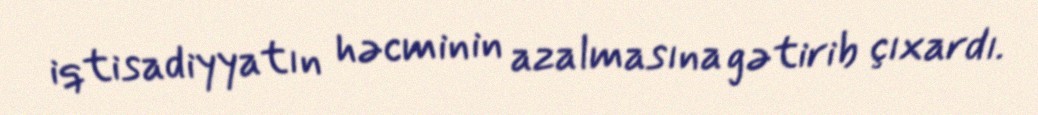
iqtisadiyyatın həcminin azalmasına gətirib çıxardı.